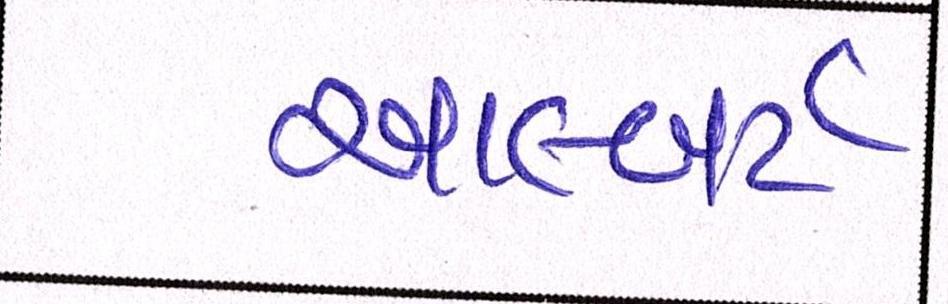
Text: આલ્બર્ટ